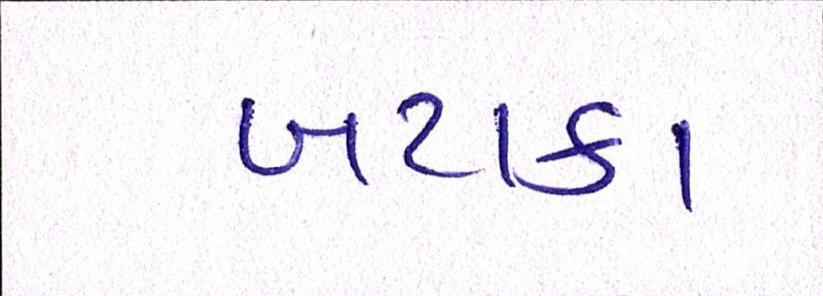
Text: બટાકા